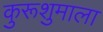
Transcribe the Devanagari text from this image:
कुरूशुमाला